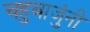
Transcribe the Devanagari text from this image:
चहुबाजुंनी